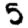
Digit: 5